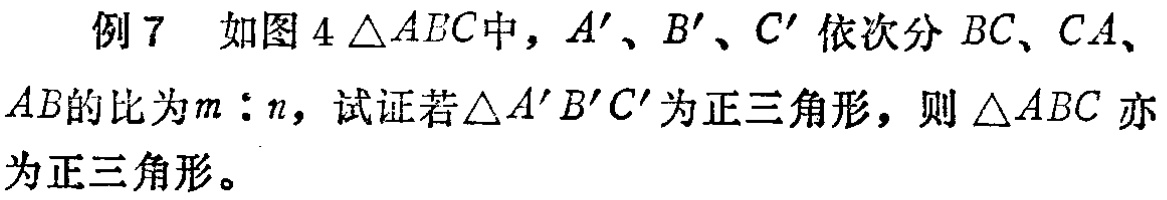
例 7 如图 4 $\triangle ABC$中，$A'$、$B'$、$C'$ 依次分 $BC$、$CA$、$AB$的比为$m:n$，试证若$\triangle A'B'C'$为正三角形，则$\triangle ABC$ 亦为正三角形。